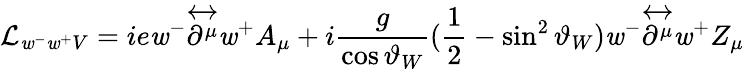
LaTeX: {\cal{L}}_{\mathit{w}^{-}\mathit{w}^{+}V}=ie\mathit{w}^{-}{\overleftrightarrow{{\partial^{\mu}}}}\mathit{w}^{+}A_{\mu}+i\frac{{g}}{{\cos\vartheta_{W}}}(\frac{{1}}{{2}}-\sin^{2}\vartheta_{W})\mathit{w}^{-}{\overleftrightarrow{{\partial^{\mu}}}}\mathit{w}^{+}Z_{\mu}